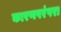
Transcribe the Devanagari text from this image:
कारणपरंपरा